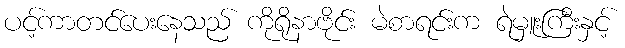
ပင့်ကာတင်ပေးနေသည် ကိုရိုနာဗိုင်း မဲစာရင်းက ရဲမှူးကြီးနှင့်